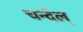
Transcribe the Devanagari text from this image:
चन्देल्